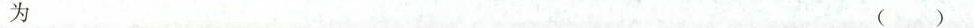
为 ( )